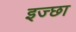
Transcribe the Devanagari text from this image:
इज्छा